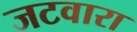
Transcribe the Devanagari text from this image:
जटवारा